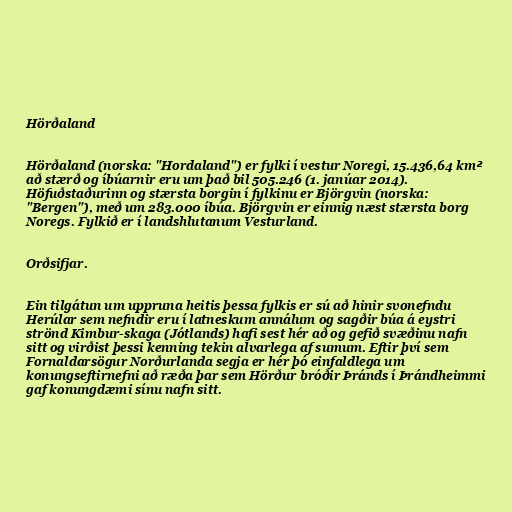
Hörðaland

Hörðaland (norska: "Hordaland") er fylki í vestur Noregi, 15.436,64 km²
að stærð og íbúarnir eru um það bil 505.246 (1. janúar 2014).
Höfuðstaðurinn og stærsta borgin í fylkinu er Björgvin (norska:
"Bergen"), með um 283.000 íbúa. Björgvin er einnig næst stærsta borg
Noregs. Fylkið er í landshlutanum Vesturland.

Orðsifjar.

Ein tilgátun um uppruna heitis þessa fylkis er sú að hinir svonefndu
Herúlar sem nefndir eru í latneskum annálum og sagðir búa á eystri
strönd Kimbur-skaga (Jótlands) hafi sest hér að og gefið svæðinu nafn
sitt og virðist þessi kenning tekin alvarlega af sumum. Eftir því sem
Fornaldarsögur Norðurlanda segja er hér þó einfaldlega um
konungseftirnefni að ræða þar sem Hörður bróðir Þránds í Þrándheimmi
gaf konungdæmi sínu nafn sitt.